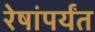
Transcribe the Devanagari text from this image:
रेषांपर्यंत